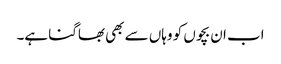
اب ان بچوں کو وہاں سے بھی بھاگنا ہے۔